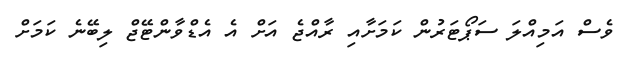
ވެސް އަމިއްލަ ސަޕޯޓަރުން ކަމަށާއި ރާއްޖެ އަށް އެ އެޑްވާންޓޭޖް ލިބޭނެ ކަމަށް